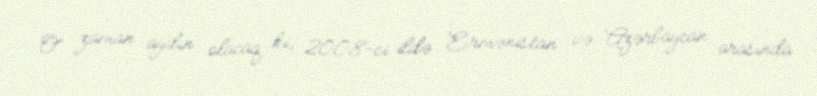
O zaman aydın olacaq ki, 2008-ci ildə Ermənistan və Azərbaycan arasında